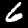
Digit: 6